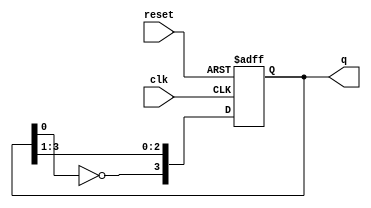
module johnson_counter (
    input wire clk,        // Clock signal
    input wire reset,      // Reset signal
    output reg [3:0] q     // 4-bit output for the counter state
);

    always @(posedge clk or posedge reset) begin
        if (reset) begin
            q <= 4'b0000;  // Initialize to zero on reset
        end else begin
            // Shift operation with feedback
            q[3] <= ~q[0];   // Inverted output of the last flip-flop
            q[2] <= q[3];    // Shift state
            q[1] <= q[2];    // Shift state
            q[0] <= q[1];    // Shift state
        end
    end

endmodule